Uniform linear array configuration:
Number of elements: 48
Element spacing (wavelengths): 0.5
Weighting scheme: hamming
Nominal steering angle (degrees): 60
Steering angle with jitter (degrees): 58.925
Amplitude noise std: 0.05
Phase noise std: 0.05

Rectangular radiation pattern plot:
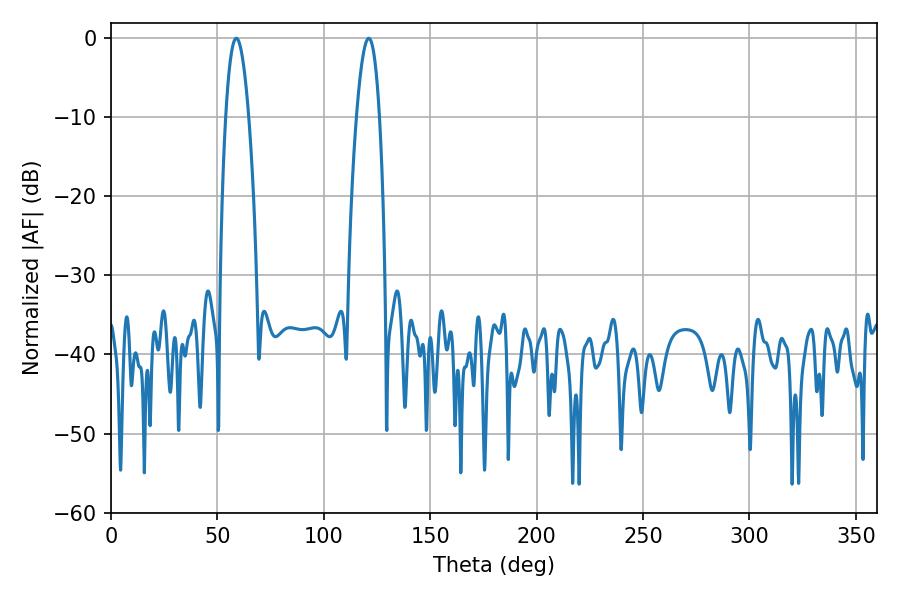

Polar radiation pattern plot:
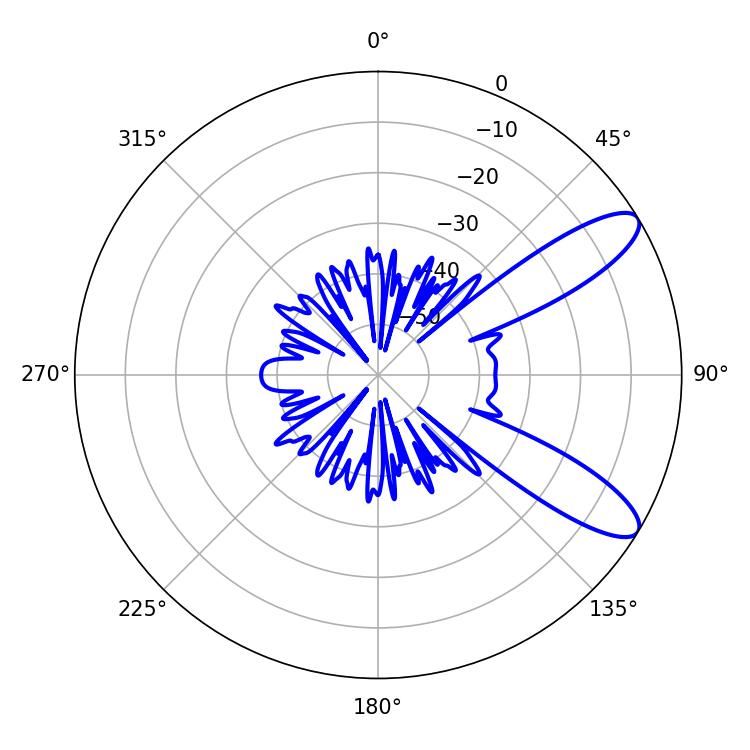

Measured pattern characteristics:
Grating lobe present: FALSE
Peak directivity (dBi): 10.172
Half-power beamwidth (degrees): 5.94
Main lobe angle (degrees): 58.86